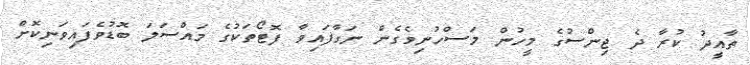
ތާއީދު ކުރާ ދެ ޖިންސުގެ މީހުން މަސްހުނިވެގެން ނަގާފައިވާ ފޮޓޯތަކުގެ މައްސަލަ ބޮޑުވެފައިވަނިކޮށް